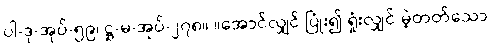
ပါ-ဒု-အုပ်-၅၉၊ ဋ္ဌ-မ-အုပ်-၂၇၈။ ။အောင်လျှင် ပြုံး၍ ရှုံးလျှင် မဲ့တတ်သော